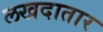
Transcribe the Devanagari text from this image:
लखदातार